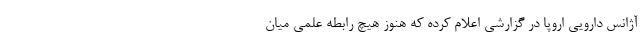
آژانس دارویی اروپا در گزارشی اعلام کرده که هنوز هیچ رابطه علمی میان